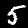
Label: 5